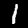
Digit: 1